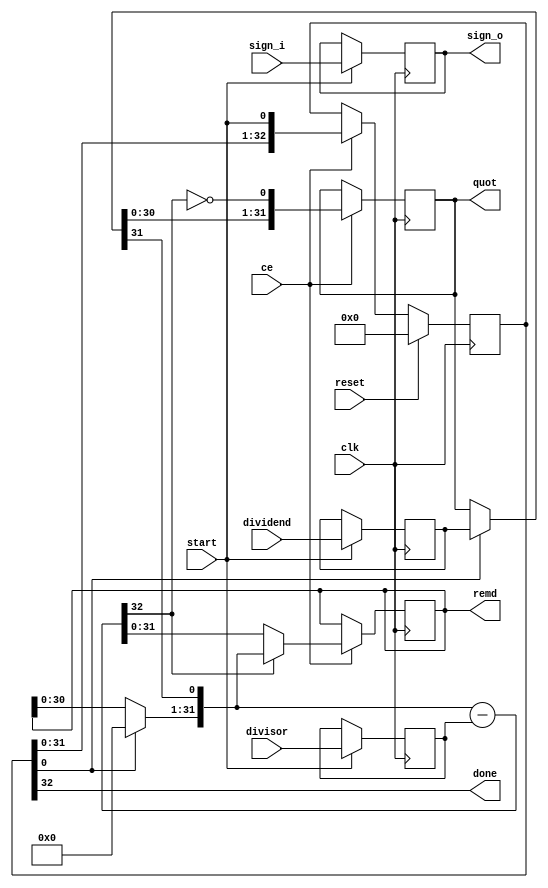
// ==============================================================
// File generated on Sun Apr 28 14:40:29 +0800 2024
// Vivado(TM) HLS - High-Level Synthesis from C, C++ and SystemC v2018.3 (64-bit)
// SW Build 2405991 on Thu Dec  6 23:38:27 MST 2018
// IP Build 2404404 on Fri Dec  7 01:43:56 MST 2018
// Copyright 1986-2018 Xilinx, Inc. All Rights Reserved.
// ==============================================================
`timescale 1 ns / 1 ps

module Conv_sdiv_19s_9nseOg_div_u
#(parameter
    in0_WIDTH = 32,
    in1_WIDTH = 32,
    out_WIDTH = 32
)
(
    input                       clk,
    input                       reset,
    input                       ce,
    input                       start,
    input       [in0_WIDTH-1:0] dividend,
    input       [in1_WIDTH-1:0] divisor,
    input       [1:0]           sign_i,
    output wire [1:0]           sign_o,
    output wire                 done,
    output wire [out_WIDTH-1:0] quot,
    output wire [out_WIDTH-1:0] remd
);

localparam cal_WIDTH = (in0_WIDTH > in1_WIDTH)? in0_WIDTH : in1_WIDTH;

//------------------------Local signal-------------------
reg     [in0_WIDTH-1:0] dividend0;
reg     [in1_WIDTH-1:0] divisor0;
reg     [1:0]           sign0;
reg     [in0_WIDTH-1:0] dividend_tmp;
reg     [in0_WIDTH-1:0] remd_tmp;
wire    [in0_WIDTH-1:0] dividend_tmp_mux;
wire    [in0_WIDTH-1:0] remd_tmp_mux;
wire    [in0_WIDTH-1:0] comb_tmp;
wire    [cal_WIDTH:0]   cal_tmp;

//------------------------Body---------------------------
assign  quot   = dividend_tmp;
assign  remd   = remd_tmp;
assign  sign_o = sign0;

// dividend0, divisor0
always @(posedge clk)
begin
    if (start) begin
        dividend0 <= dividend;
        divisor0  <= divisor;
        sign0     <= sign_i;
    end
end

// One-Hot Register
// r_stage[0]=1:accept input; r_stage[in0_WIDTH]=1:done
reg     [in0_WIDTH:0]     r_stage;
assign done = r_stage[in0_WIDTH];
always @(posedge clk)
begin
    if (reset == 1'b1)
        r_stage[in0_WIDTH:0] <= {in0_WIDTH{1'b0}};
    else if (ce)
        r_stage[in0_WIDTH:0] <= {r_stage[in0_WIDTH-1:0], start};
end

// MUXs
assign  dividend_tmp_mux = r_stage[0]? dividend0 : dividend_tmp;
assign  remd_tmp_mux     = r_stage[0]? {in0_WIDTH{1'b0}} : remd_tmp;

if (in0_WIDTH == 1) assign comb_tmp = dividend_tmp_mux[0];
else                assign comb_tmp = {remd_tmp_mux[in0_WIDTH-2:0], dividend_tmp_mux[in0_WIDTH-1]};

assign  cal_tmp  = {1'b0, comb_tmp} - {1'b0, divisor0};

always @(posedge clk)
begin
    if (ce) begin
        if (in0_WIDTH == 1) dividend_tmp <= ~cal_tmp[cal_WIDTH];
        else           dividend_tmp <= {dividend_tmp_mux[in0_WIDTH-2:0], ~cal_tmp[cal_WIDTH]};
        remd_tmp     <= cal_tmp[cal_WIDTH]? comb_tmp : cal_tmp[in0_WIDTH-1:0];
    end
end

endmodule

module Conv_sdiv_19s_9nseOg_div
#(parameter
        in0_WIDTH   = 32,
        in1_WIDTH   = 32,
        out_WIDTH   = 32
)
(
        input                           clk,
        input                           reset,
        input                           ce,
        input                           start,
        output  reg                     done,
        input           [in0_WIDTH-1:0] dividend,
        input           [in1_WIDTH-1:0] divisor,
        output  reg     [out_WIDTH-1:0] quot,
        output  reg     [out_WIDTH-1:0] remd
);
//------------------------Local signal-------------------
reg                       start0 = 'b0;
wire                      done0;
reg     [in0_WIDTH-1:0] dividend0;
reg     [in1_WIDTH-1:0] divisor0;
wire    [in0_WIDTH-1:0] dividend_u;
wire    [in1_WIDTH-1:0] divisor_u;
wire    [out_WIDTH-1:0] quot_u;
wire    [out_WIDTH-1:0] remd_u;
wire    [1:0]   sign_i;
wire    [1:0]   sign_o;
//------------------------Instantiation------------------
Conv_sdiv_19s_9nseOg_div_u #(
    .in0_WIDTH      ( in0_WIDTH ),
    .in1_WIDTH      ( in1_WIDTH ),
    .out_WIDTH      ( out_WIDTH )
) Conv_sdiv_19s_9nseOg_div_u_0 (
    .clk      ( clk ),
    .reset    ( reset ),
    .ce       ( ce ),
    .start    ( start0 ),
    .done     ( done0 ),
    .dividend ( dividend_u ),
    .divisor  ( divisor_u ),
    .sign_i   ( sign_i ),
    .sign_o   ( sign_o ),
    .quot     ( quot_u ),
    .remd     ( remd_u )
);
//------------------------Body---------------------------
assign sign_i     = {dividend0[in0_WIDTH-1] ^ divisor0[in1_WIDTH-1], dividend0[in0_WIDTH-1]};
assign dividend_u = dividend0[in0_WIDTH-1]? ~dividend0[in0_WIDTH-1:0] + 1'b1 :
                                              dividend0[in0_WIDTH-1:0];
assign divisor_u  = divisor0[in1_WIDTH-1]?  ~divisor0[in1_WIDTH-1:0] + 1'b1 :
                                              divisor0[in1_WIDTH-1:0];

always @(posedge clk)
begin
    if (ce) begin
        dividend0 <= dividend;
        divisor0  <= divisor;
        start0    <= start;
    end
end

always @(posedge clk)
begin
    done <= done0;
end

always @(posedge clk)
begin
    if (done0) begin
        if (sign_o[1])
            quot <= ~quot_u + 1'b1;
        else
            quot <= quot_u;
    end
end

always @(posedge clk)
begin
    if (done0) begin
        if (sign_o[0])
            remd <= ~remd_u + 1'b1;
        else
            remd <= remd_u;
    end
end

endmodule


`timescale 1 ns / 1 ps
module Conv_sdiv_19s_9nseOg(
    clk,
    reset,
    ce,
    start,
    done,
    din0,
    din1,
    dout);

parameter ID = 32'd1;
parameter NUM_STAGE = 32'd1;
parameter din0_WIDTH = 32'd1;
parameter din1_WIDTH = 32'd1;
parameter dout_WIDTH = 32'd1;
input clk;
input reset;
input ce;
input start;
output done;
input[din0_WIDTH - 1:0] din0;
input[din1_WIDTH - 1:0] din1;
output[dout_WIDTH - 1:0] dout;

wire[dout_WIDTH - 1:0] sig_remd;


Conv_sdiv_19s_9nseOg_div #(
.in0_WIDTH( din0_WIDTH ),
.in1_WIDTH( din1_WIDTH ),
.out_WIDTH( dout_WIDTH ))
Conv_sdiv_19s_9nseOg_div_U(
    .dividend( din0 ),
    .divisor( din1 ),
    .quot( dout ),
    .remd( sig_remd ),
    .clk( clk ),
    .ce( ce ),
    .reset( reset ),
    .start( start ),
    .done( done ));

endmodule